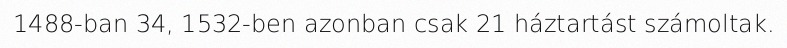
1488-ban 34, 1532-ben azonban csak 21 háztartást számoltak.